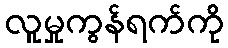
လူမှုကွန်ရက်ကို